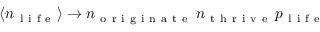
\langle n _ { \mathrm { ~ l ~ i ~ f ~ e ~ } } \rangle \rightarrow n _ { \mathrm { ~ o ~ r ~ i ~ g ~ i ~ n ~ a ~ t ~ e ~ } } \, n _ { \mathrm { ~ t ~ h ~ r ~ i ~ v ~ e ~ } } \, p _ { \mathrm { ~ l ~ i ~ f ~ e ~ } }